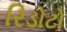
રિડોટો